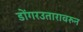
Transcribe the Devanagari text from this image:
डोंगरउतारावरुन